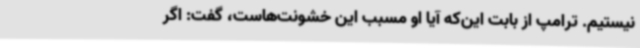
نیستیم. ترامپ از بابت این‌که آیا او مسبب این خشونت‌هاست، گفت: اگر